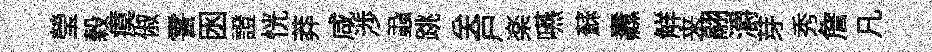
瑩榖瘼俶霅囦證恍莽咸渉蝨跳关戸楽嚥蘇纛觧来翮灂芽秀詹凡